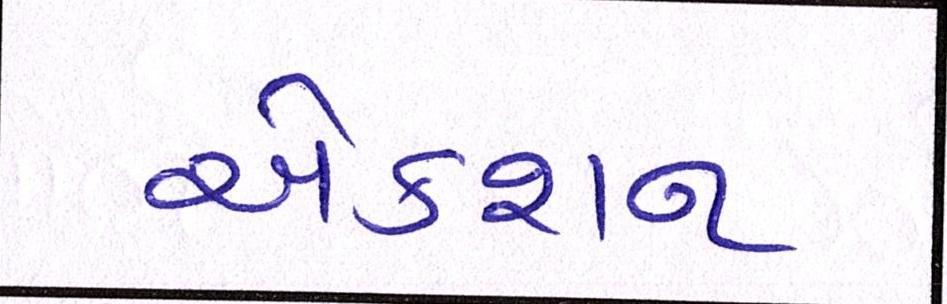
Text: એક્શન